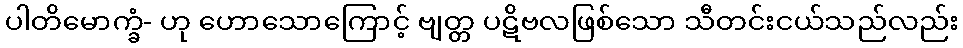
ပါတိမောက္ခံ- ဟု ဟောသောကြောင့် ဗျတ္တ ပဋိဗလဖြစ်သော သီတင်းငယ်သည်လည်း